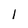
Character: I